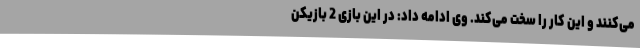
می‌کنند و این کار را سخت می‌کند. وی ادامه داد: در این بازی 2 بازیکن